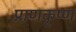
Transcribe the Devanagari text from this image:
प्राणकृष्ण